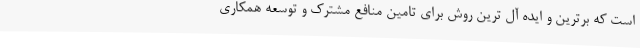
است که برترین و ایده آل ترین روش برای تامین منافع مشترک و توسعه همکاری